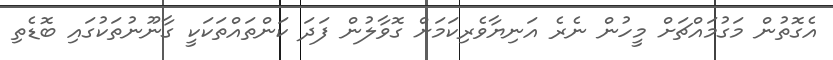
އެގޮތުން މަގުމައްޗަށް މީހުން ނެރެ އަނިޔާވެރިކަމަށް ގޮވާލުން ފަދަ ކަންތައްތަކަކީ ގާނޫނުތަކުގައި ބޮޑެތި